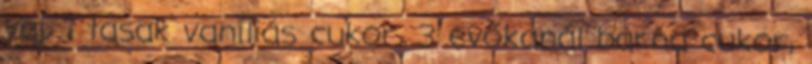
vaj, 1 tasak vaníliás cukor, 3 evőkanál barna cukor,